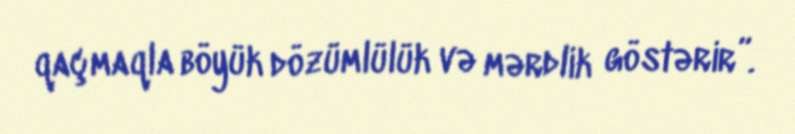
qaçmaqla böyük dözümlülük və mərdlik göstərir”.